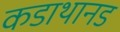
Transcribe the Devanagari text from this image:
कडाथानड